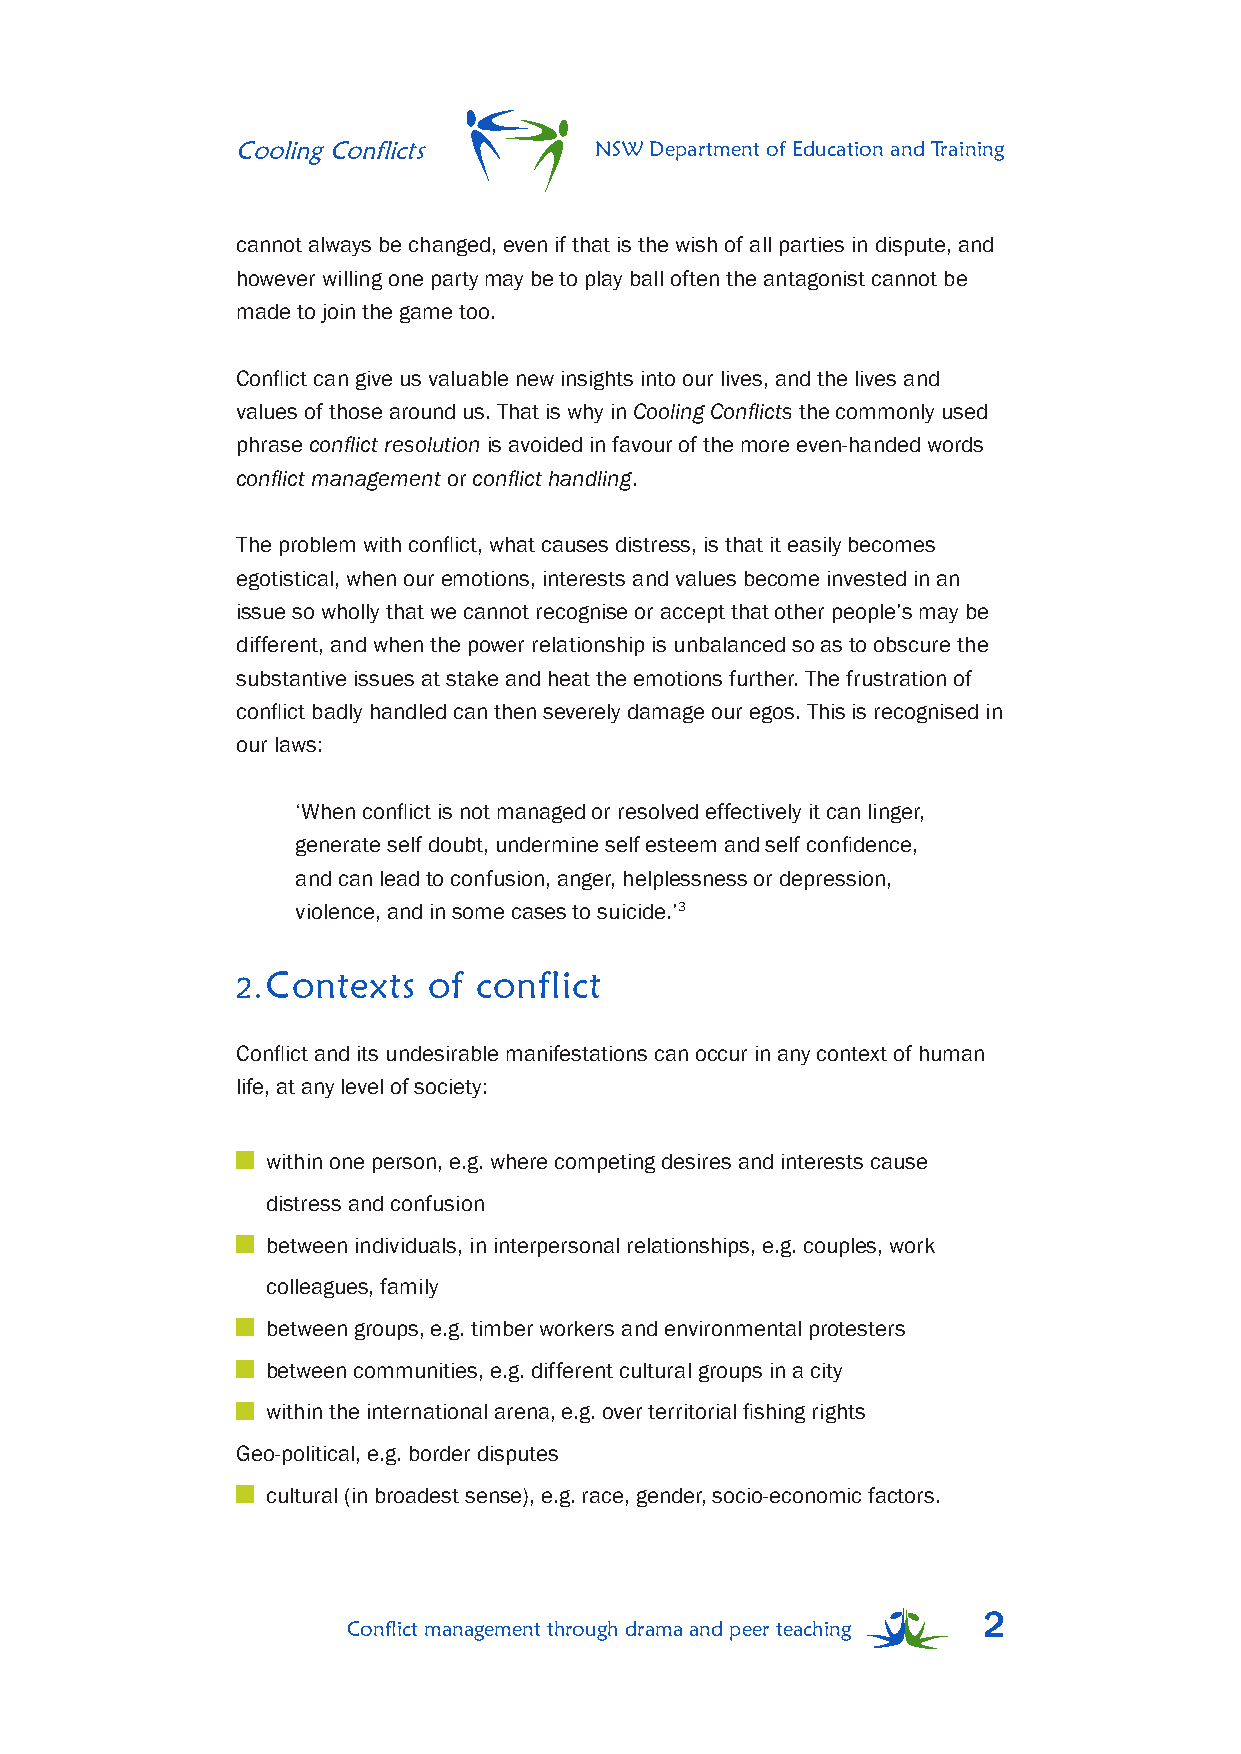
Cooling Conflicts      NSW Department of Education and Training
 cannot always be changed, even if that is the wish of all parties in dispute, and
 however willing one party may be to play ball often the antagonist cannot be
 made to join the game too.
 Conflict can give us valuable new insights into our lives, and the lives and
 values of those around us. That is why in Cooling Conflicts the commonly used
 phrase conflict resolution is avoided in favour of the more even-handed words
 conflict management or conflict handling.
 The problem with conflict, what causes distress, is that it easily becomes
 egotistical, when our emotions, interests and values become invested in an
 issue so wholly that we cannot recognise or accept that other people’s may be
 different, and when the power relationship is unbalanced so as to obscure the
 substantive issues at stake and heat the emotions further. The frustration of
 conflict badly handled can then severely damage our egos. This is recognised in
 our laws:
 ‘When conflict is not managed or resolved effectively it can linger,
 generate self doubt, undermine self esteem and self confidence,
 and can lead to confusion, anger, helplessness or depression,
 violence, and in some cases to suicide.’3
 Contexts  of conflict
 2.
 Conflict and its undesirable manifestations can occur in any context of human
 life, at any level of society:
 within one person, e.g. where competing desires and interests cause
 distress and confusion
 between individuals, in interpersonal relationships, e.g. couples, work
 colleagues, family
 between groups, e.g. timber workers and environmental protesters
 between communities, e.g. different cultural groups in a city
 within the international arena, e.g. over territorial fishing rights
 Geo-political, e.g. border disputes
 cultural (in broadest sense), e.g. race, gender, socio-economic factors.
 2
 Conflict management through drama and peer teaching